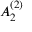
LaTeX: { A } _ { 2 } ^ { ( 2 ) }